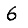
Digit: 6